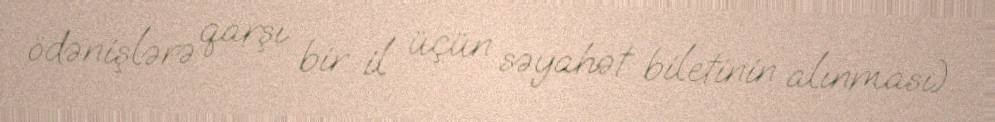
ödənişlərə qarşı bir il üçün səyahət biletinin alınması).